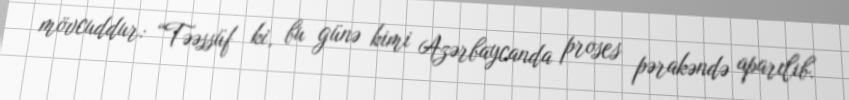
mövcuddur: “Təəssüf ki, bu günə kimi Azərbaycanda proses pərakəndə aparılıb.